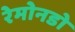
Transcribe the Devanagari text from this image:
रेमोनडो